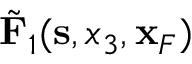
\tilde { \bf F } _ { 1 } ( { \bf s } , x _ { 3 } , { \bf x } _ { F } )